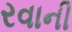
રવાની